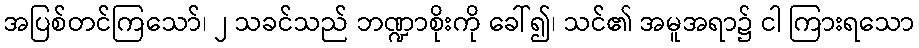
အပြစ်တင်ကြသော်၊ ၂ သခင်သည် ဘဏ္ဍာစိုးကို ခေါ်၍၊ သင်၏ အမူအရာ၌ ငါ ကြားရသော